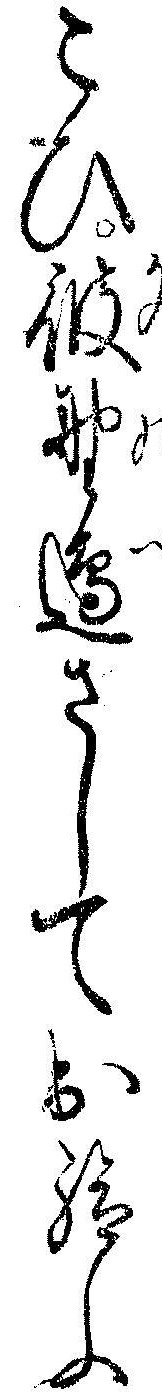
こひ彼野辺さして出給ふ